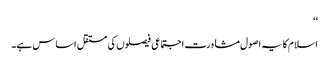
‘‘
اسلام کا یہ اصول مشاورت اجتماعی فیصلوں کی مستقل اساس ہے۔